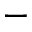
-